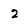
Character: 2